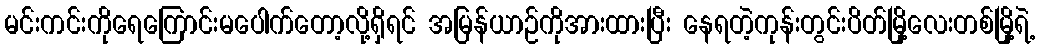
မင်းကင်းကိုရေကြောင်းမပေါက်တော့လို့ရှိရင် အမြန်ယာဉ်ကိုအားထားပြီး နေရတဲ့ကုန်းတွင်းပိတ်မြို့လေးတစ်မြို့ရဲ့